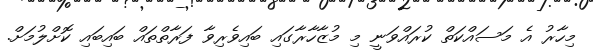
މިހާރު އެ މަސައްކަތް ކުރައްވަނީ މި މުޒާހާރާގައި ބައިވެރިވާ ފަރާތްތައް ބައިބައި ކޮށްލުމަށް.